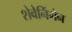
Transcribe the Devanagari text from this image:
शेवेनिंगेन